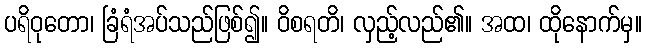
ပရိဝုတော၊ ခြံရံအပ်သည်ဖြစ်၍။ ဝိစရတိ၊ လှည့်လည်၏။ အထ၊ ထိုနောက်မှ။